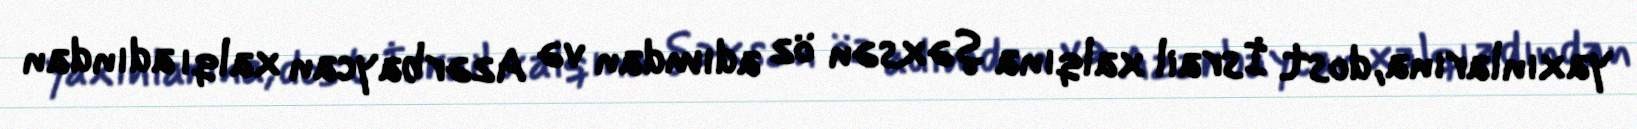
yaxınlarına, dost İsrail xalqına şəxsən öz adımdan və Azərbaycan xalqı adından